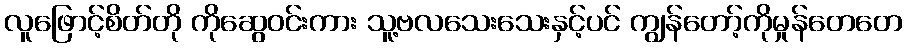
လူဖြောင့်စိတ်တို ကိုဆွေဝင်းကား သူ့ဗလသေးသေးနှင့်ပင် ကျွန်တော့်ကိုမှုန်တေတေ